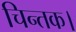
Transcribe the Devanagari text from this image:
चिन्तक।